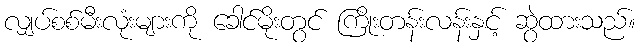
လျှပ်စစ်မီးလုံးများကို ခေါင်မိုးတွင် ကြိုးတန်းလန်းနှင့် ဆွဲထားသည်။